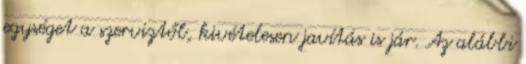
egységet a szerviztől, kivételesen javítás is jár. Az alábbi